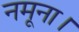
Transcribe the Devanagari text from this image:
नमूना।